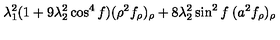
\lambda _ { 1 } ^ { 2 } ( 1 + 9 \lambda _ { 2 } ^ { 2 } \cos ^ { 4 } f ) ( \rho ^ { 2 } f _ { \rho } ) _ { \rho } + 8 \lambda _ { 2 } ^ { 2 } \sin ^ { 2 } f \: ( a ^ { 2 } f _ { \rho } ) _ { \rho }